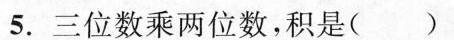
5.三位数乘两位数，积是()